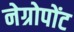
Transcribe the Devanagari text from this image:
नेग्रोपोंट